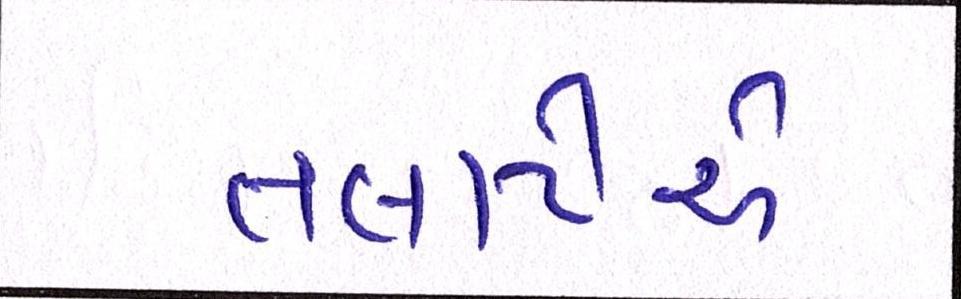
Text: તલાટીએ